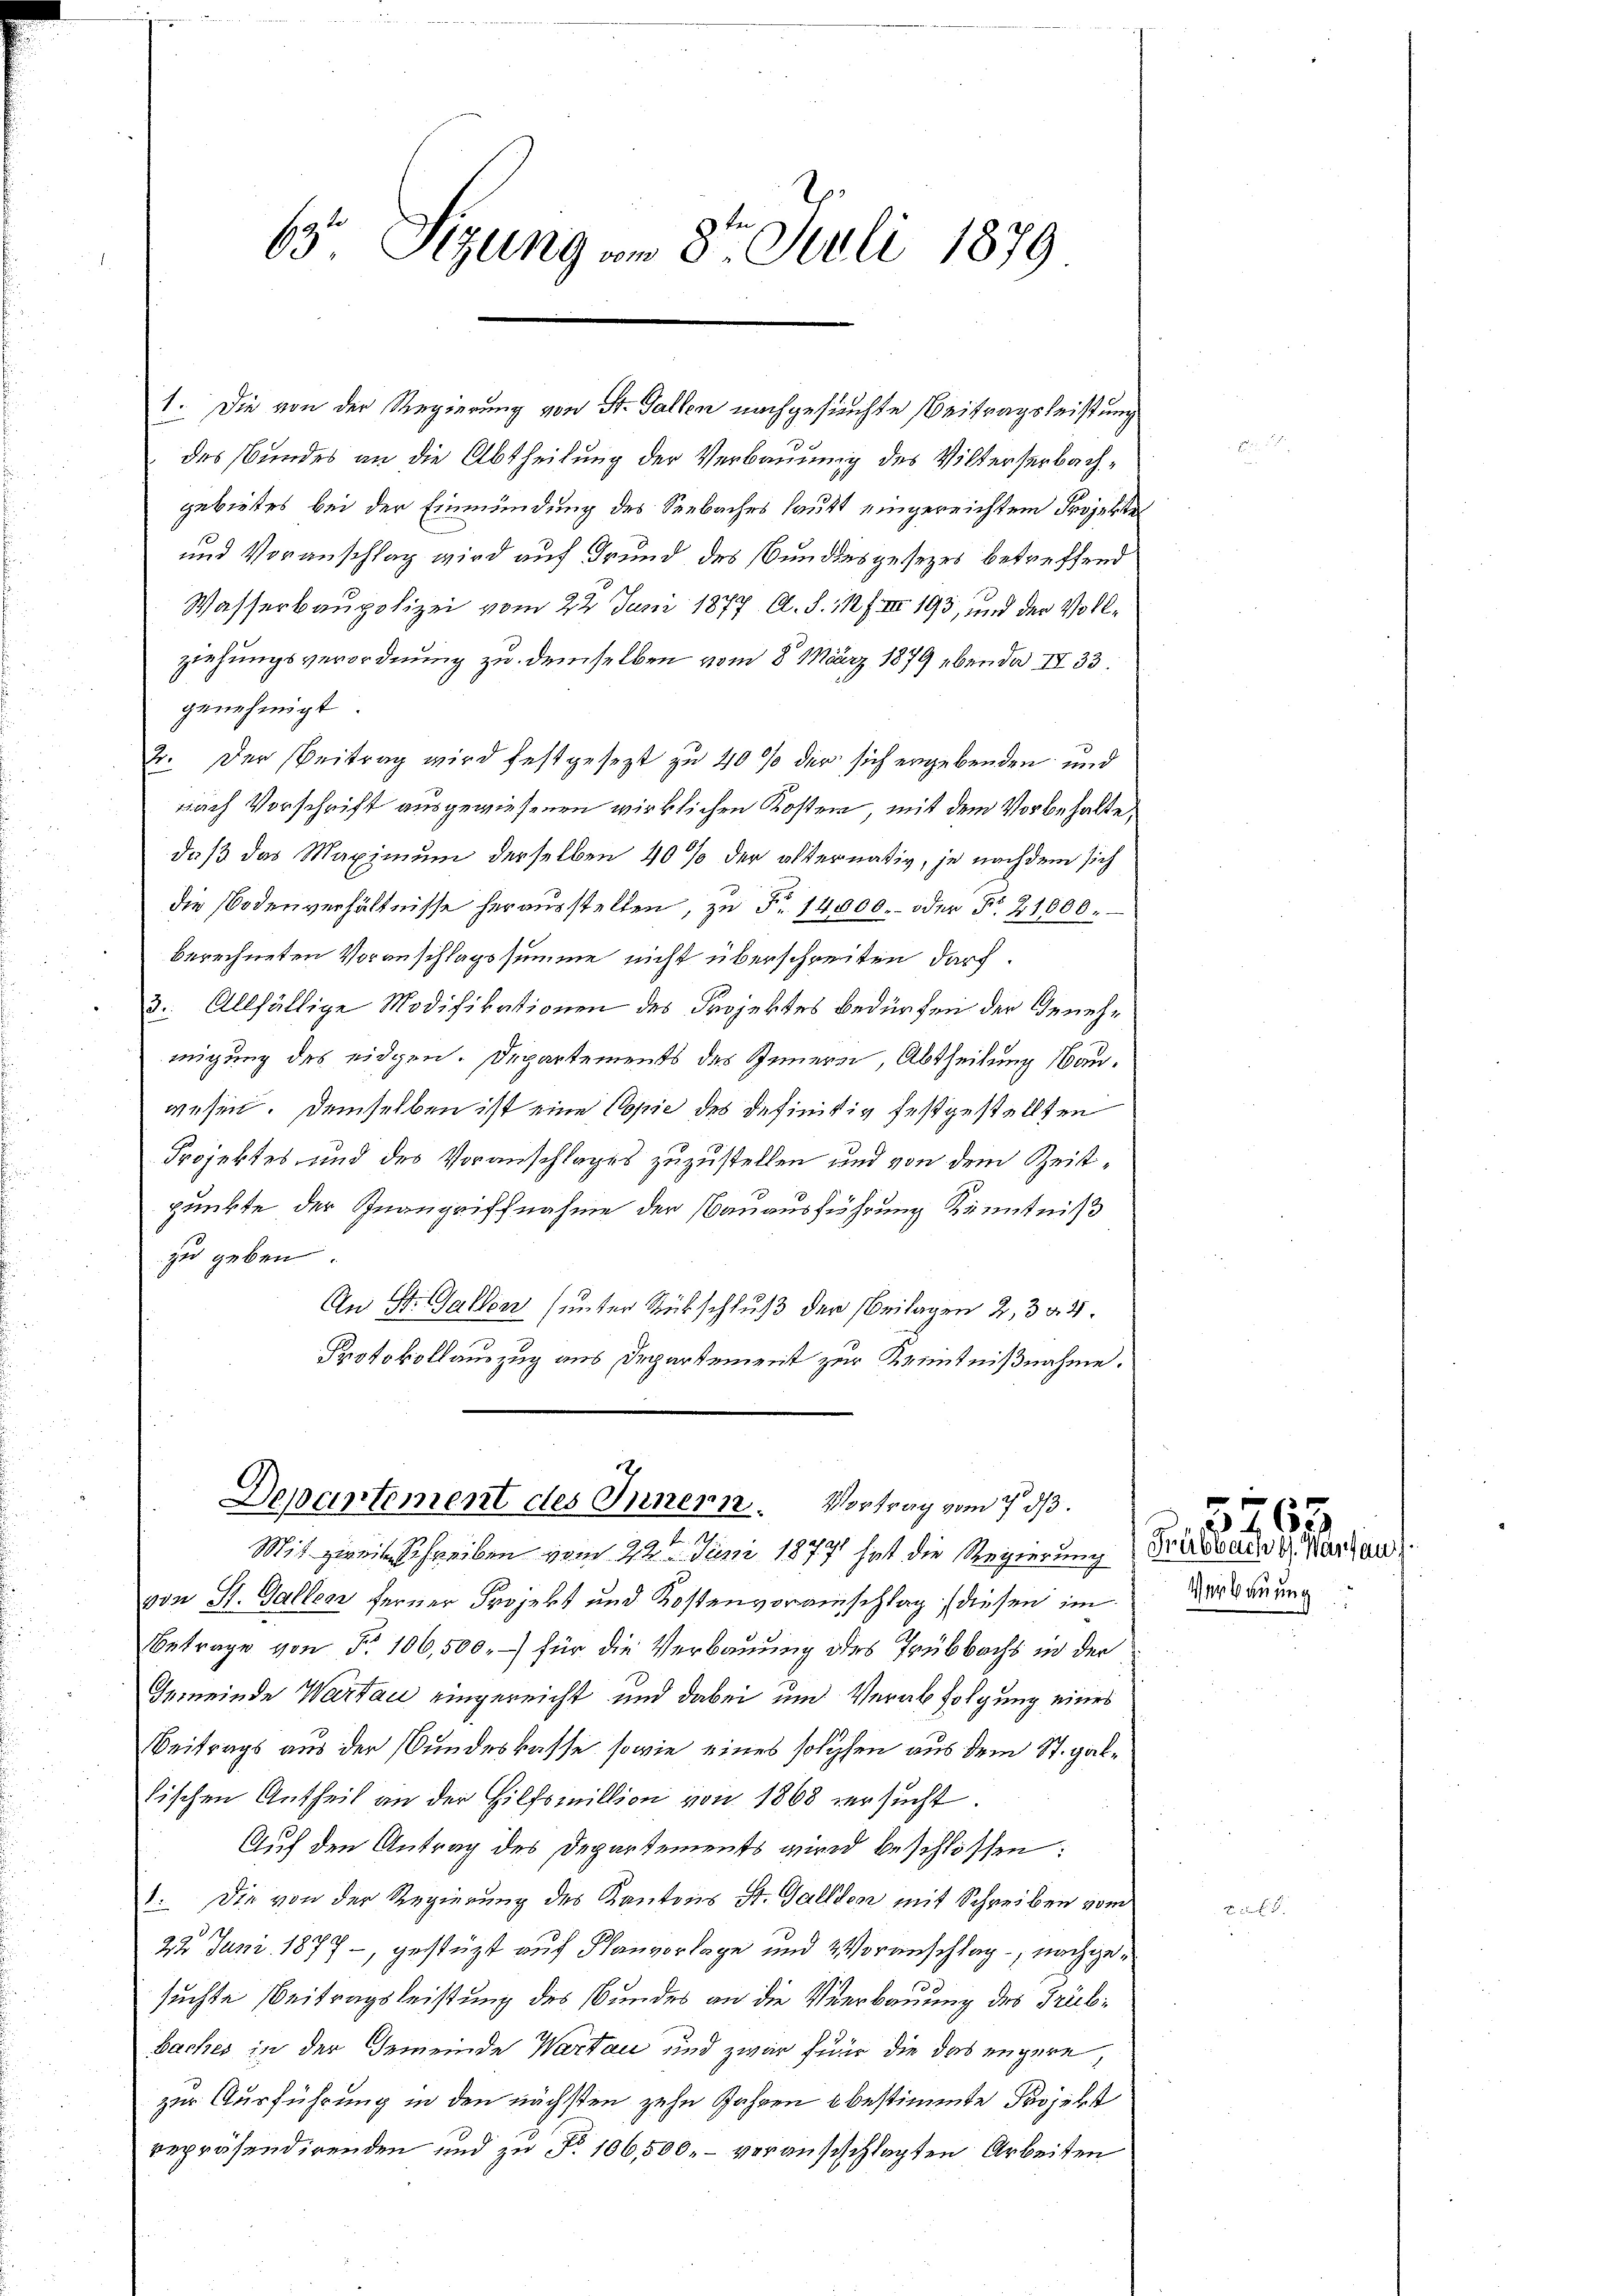
des Bundes an die Abtheilung der Verbauung des Vilterserbachgebietes bei der Einmündung des Seebaches laubt eingereichtem Projekte
und Voranschlag wird auf Grund des Bundesgesezes betreffend
Wasserbaupolizei vom 22. Juni 1877. A. S. 112 f. III 193, und der Vollziehungsverordnung zu demselben vom 8. März 1879 ebenda IV 33.
genehmigt
2. Der Beitrag wird festgesezt zu 40% der sich ergebenden und
nach Vorschrift ausgewiesenen wirklichen Kosten, mit dem Vorbehalte,
daß das Maximum derselben 40% der alternativ, je nachdem sich
die Bodenverhältnisse heraŭsstellen, zŭ Fr. 14000.- oder No. 21000.
berechneten Voranschlagssumme nicht überschreiten darf.
3: Allfällige Modifikationen des Projektes bedürfen der Genehmigung des eidgen. Departements des Innern, Abtheilung Bauwesen. Demselben ist eine Copie des definitiv festgestellten
Projektes und des Voranschlages zuzustellen und von dem Zeittpunkte der Inangriffnahme der Bauausführung Kenntniß
zu geben
An St. Gallen (unter Rückschluß der Beilagen 2, 3 § 4
Protokollauszug aus Departement zur Kenntnißnahme.

63. Sizung am 8ten Juli 1879

1. Die von der Regierung von St. Gallen nachgesuchte Beitragsleistung

Departement des Innern. Vortrag vom 7. ds.
Mit zweit schreiben vom 22ten Juni 1877 hat die Regierung Passade u. Kardau

von St. Galles ferner Projekt und Kostenvoranschlag diesen im
Betrage von Fr. 106,500.-) für die Verbauung des Trübbacht in der
Gemeinde Wartau eingereicht und dabei und Verabfolgung eines
Beitrags aus der Bundeskasse, sowie eines solchen aus dem St. Gallischen Antheil an der Hilfsmillion von 1868 versucht.
Auf den Antrag des Departements wird beschlossen:
1. Die von der Regierung des Kantons St. Gallen mit Schreiben vom
3)
22 Juni 1877, gestützt auf Planvorlage und Voranschlag, nachgesuchte Beitragsleistung des Bundes an die Verbauung des Grüb¬
Baches in der Gemeinde Wartan und zwar für die das engere,
zur Ausführung in den nächsten zehn Jahren u bestimmte Projekt
repräsendirenden und zu No 106,500.- verausschlagten Arbeiten

5763
Verbauung